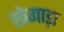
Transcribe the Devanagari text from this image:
खेगाड़ा